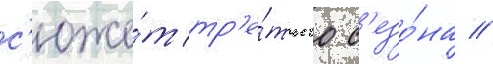
с'юже́т тр'е́тьего с'езо́на //